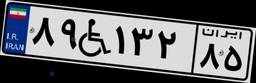
۸۹W۱۳۲۸۵